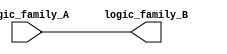
module voltage_level_shifter (
    input wire logic_family_A,
    output wire logic_family_B
);

// Input and output buffers
reg input_buffer;
wire output_buffer;

// Level shifting logic
assign output_buffer = logic_family_A;
assign logic_family_B = output_buffer;

// Control signals
reg control_signal;

// Voltage level conversion logic
always @(posedge control_signal) begin
    if (control_signal == 1'b1) begin
        input_buffer <= logic_family_A;
    end else begin
        input_buffer <= 1'b0;
    end
end

endmodule